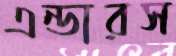
এন্ডারস